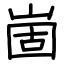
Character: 崮